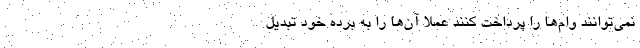
نمی‌توانند وام‌ها را پرداخت کنند عملا آن‌ها را به برده خود تبدیل